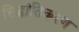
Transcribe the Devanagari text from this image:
सिद्धांतिकरण